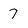
Character: 7